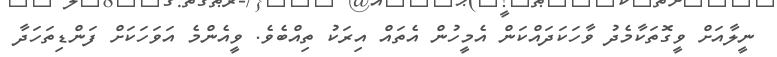
ނީލާއަށް ވީގޮތަކާމެދު ވާހަކަދައްކަން އެމީހުން އެތައް އިރަކު ތިއްބެވެ. ވީއެންމެ އަވަހަކަށް ފަންޑިތަހަދާ